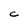
Character: C